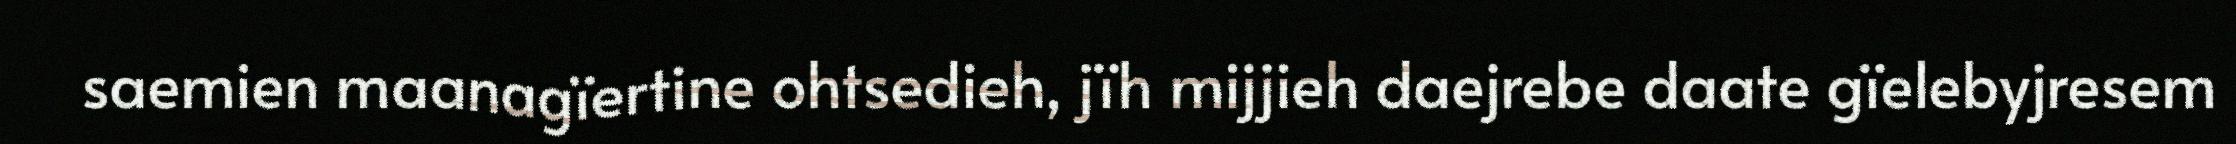
saemien maanagïertine ohtsedieh, jïh mijjieh daejrebe daate gïelebyjresem